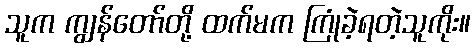
သူက ကျွန်တော်တို့ ထက်မက ကြုံခဲ့ရတဲ့သူကိုး။